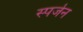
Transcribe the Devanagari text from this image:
स्पर्जन